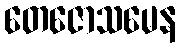
တေဇောသမေန